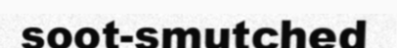
soot-smutched